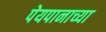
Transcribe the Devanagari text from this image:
पेयपानाच्या